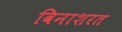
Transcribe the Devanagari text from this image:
विनाशरत